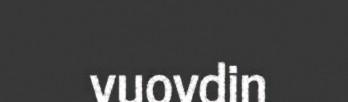
vuovdin